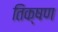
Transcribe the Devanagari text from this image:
तिक्षण